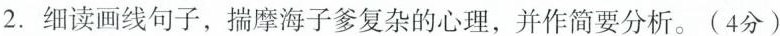
2.细读画线句子，揣摩海子爹复杂的心理，并作简要分析。(4分)